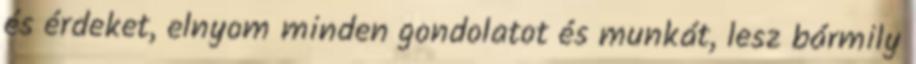
és érdeket, elnyom minden gondolatot és munkát, lesz bármily